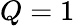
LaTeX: Q=1